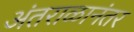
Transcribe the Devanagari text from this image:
अंतराळानंतर